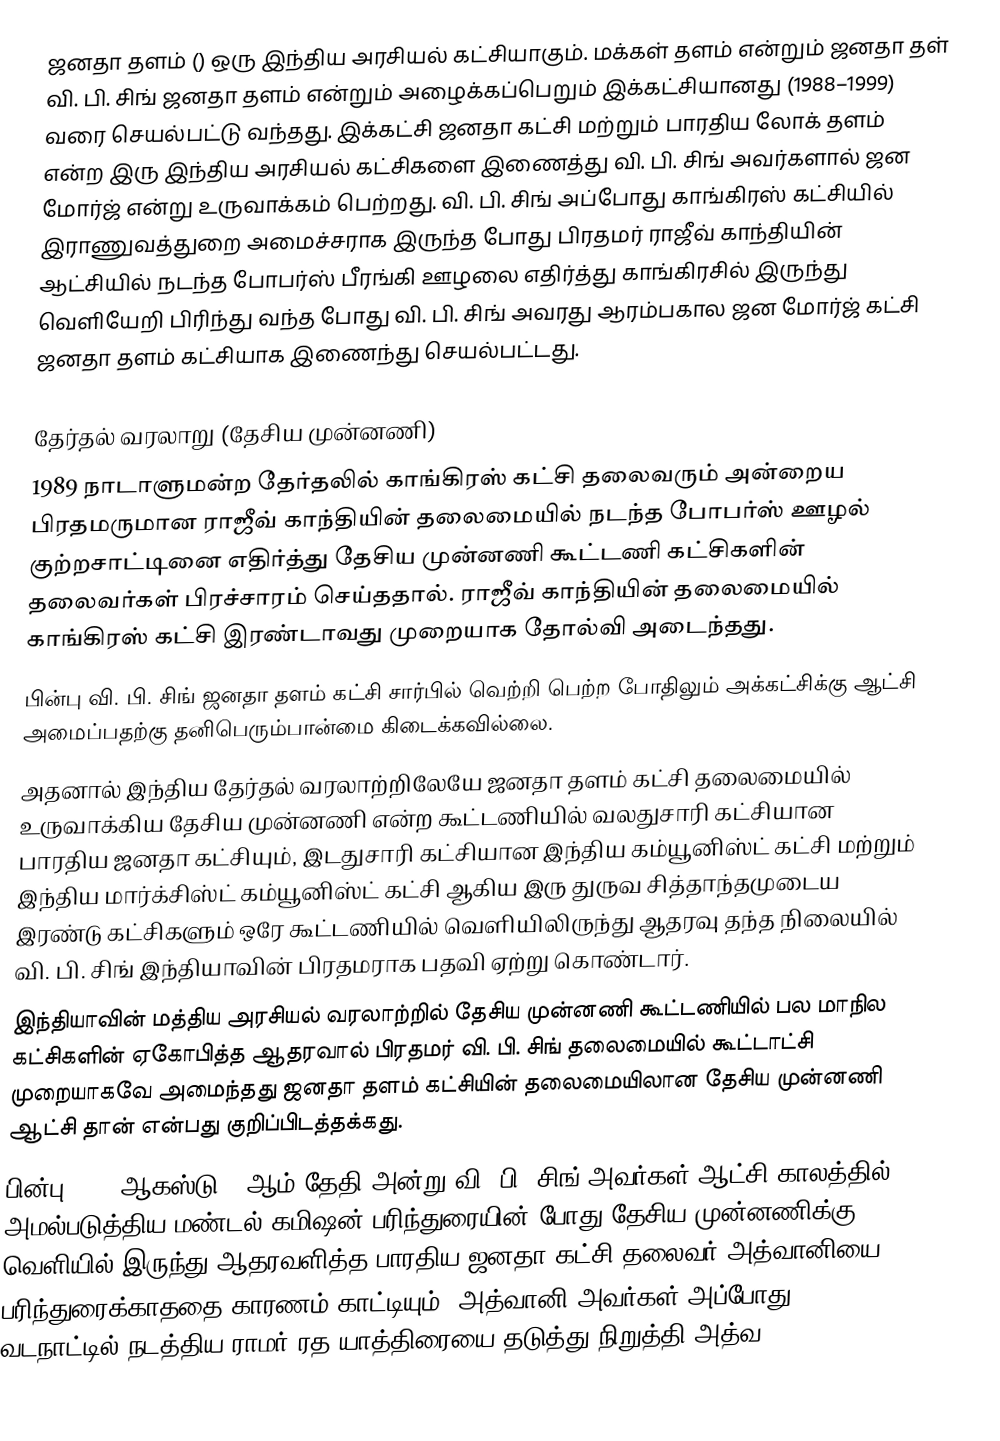
ஜனதா தளம் () ஒரு இந்திய அரசியல் கட்சியாகும். மக்கள் தளம் என்றும் ஜனதா தள் வி. பி. சிங் ஜனதா தளம் என்றும் அழைக்கப்பெறும் இக்கட்சியானது (1988–1999) வரை செயல்பட்டு வந்தது. இக்கட்சி ஜனதா கட்சி மற்றும் பாரதிய லோக் தளம் என்ற இரு இந்திய அரசியல் கட்சிகளை இணைத்து வி. பி. சிங் அவர்களால் ஜன மோர்ஜ் என்று உருவாக்கம் பெற்றது. வி. பி. சிங் அப்போது காங்கிரஸ் கட்சியில் இராணுவத்துறை அமைச்சராக இருந்த போது பிரதமர் ராஜீவ் காந்தியின் ஆட்சியில் நடந்த போபர்ஸ் பீரங்கி ஊழலை எதிர்த்து காங்கிரசில் இருந்து வெளியேறி பிரிந்து வந்த போது வி. பி. சிங் அவரது ஆரம்பகால ஜன மோர்ஜ் கட்சி ஜனதா தளம் கட்சியாக இணைந்து செயல்பட்டது.

தேர்தல் வரலாறு (தேசிய முன்னணி)
 1989 நாடாளுமன்ற தேர்தலில் காங்கிரஸ் கட்சி தலைவரும் அன்றைய பிரதமருமான ராஜீவ் காந்தியின் தலைமையில் நடந்த போபர்ஸ் ஊழல் குற்றசாட்டினை எதிர்த்து தேசிய முன்னணி கூட்டணி கட்சிகளின் தலைவர்கள் பிரச்சாரம் செய்ததால். ராஜீவ் காந்தியின் தலைமையில் காங்கிரஸ் கட்சி இரண்டாவது முறையாக தோல்வி அடைந்தது.
 பின்பு வி. பி. சிங் ஜனதா தளம் கட்சி சார்பில் வெற்றி பெற்ற போதிலும் அக்கட்சிக்கு ஆட்சி அமைப்பதற்கு தனிபெரும்பான்மை கிடைக்கவில்லை.
 அதனால் இந்திய தேர்தல் வரலாற்றிலேயே ஜனதா தளம் கட்சி தலைமையில் உருவாக்கிய தேசிய முன்னணி என்ற கூட்டணியில் வலதுசாரி கட்சியான பாரதிய ஜனதா கட்சியும், இடதுசாரி கட்சியான இந்திய கம்யூனிஸ்ட் கட்சி மற்றும் இந்திய மார்க்சிஸ்ட் கம்யூனிஸ்ட் கட்சி ஆகிய இரு துருவ சித்தாந்தமுடைய இரண்டு கட்சிகளும் ஒரே கூட்டணியில் வெளியிலிருந்து ஆதரவு தந்த நிலையில் வி. பி. சிங் இந்தியாவின் பிரதமராக பதவி ஏற்று கொண்டார்.
 இந்தியாவின் மத்திய அரசியல் வரலாற்றில் தேசிய முன்னணி கூட்டணியில் பல மாநில கட்சிகளின் ஏகோபித்த ஆதரவால் பிரதமர் வி. பி. சிங் தலைமையில் கூட்டாட்சி முறையாகவே அமைந்தது ஜனதா தளம் கட்சியின் தலைமையிலான தேசிய முன்னணி ஆட்சி தான் என்பது குறிப்பிடத்தக்கது.
 பின்பு 1990 ஆகஸ்டு 7 ஆம் தேதி அன்று வி. பி. சிங் அவர்கள் ஆட்சி காலத்தில் அமல்படுத்திய மண்டல் கமிஷன் பரிந்துரையின் போது தேசிய முன்னணிக்கு வெளியில் இருந்து ஆதரவளித்த பாரதிய ஜனதா கட்சி தலைவர் அத்வானியை பரிந்துரைக்காததை காரணம் காட்டியும். அத்வானி அவர்கள் அப்போது வடநாட்டில் நடத்திய ராமர் ரத யாத்திரையை தடுத்து நிறுத்தி அத்வ